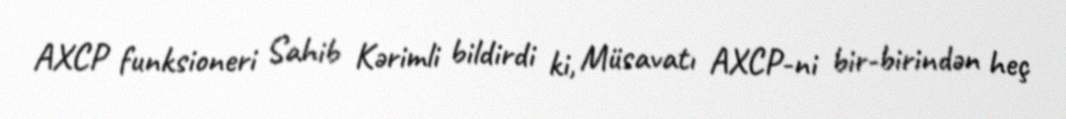
AXCP funksioneri Sahib Kərimli bildirdi ki, Müsavatı AXCP-ni bir-birindən heç